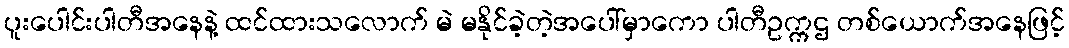
ပူးပေါင်းပါတီအနေနဲ့ ထင်ထားသလောက် မဲ မနိုင်ခဲ့တဲ့အပေါ်မှာကော ပါတီဥက္ကဌ တစ်ယောက်အနေဖြင့်